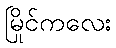
မြိုင်ကလေး